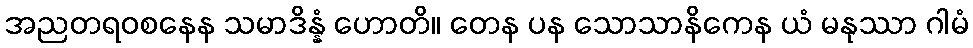
အညတရဝစနေန သမာဒိန္နံ ဟောတိ။ တေန ပန သောသာနိကေန ယံ မနုဿာ ဂါမံ